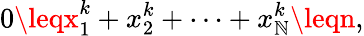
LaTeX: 0\leqx_{1}^{k}+x_{2}^{k}+\cdots+x_{\mathbb{N}}^{k}\leqn,